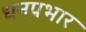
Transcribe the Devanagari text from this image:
धनप्रभार